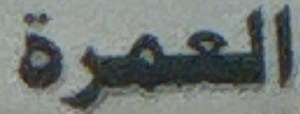
العمرة